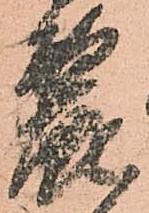
麗